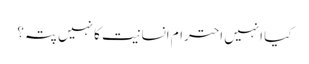
کیا انہیں احترام انسانیت کا نہیں پتہ؟